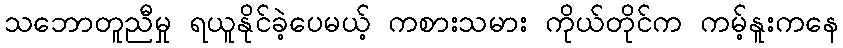
သဘောတူညီမှု ရယူနိုင်ခဲ့ပေမယ့် ကစားသမား ကိုယ်တိုင်က ကမ့်နူးကနေ